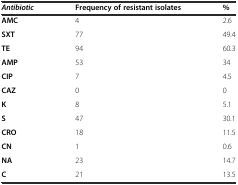
<table><thead><tr><td><b><i>Antibiotic</i></b></td><td><b>Frequency of resistant isolates</b></td><td><b>%</b></td></tr></thead><tbody><tr><td><b>AMC</b></td><td>4</td><td>2.6</td></tr><tr><td><b>SXT</b></td><td>77</td><td>49.4</td></tr><tr><td><b>TE</b></td><td>94</td><td>60.3</td></tr><tr><td><b>AMP</b></td><td>53</td><td>34</td></tr><tr><td><b>CIP</b></td><td>7</td><td>4.5</td></tr><tr><td><b>CAZ</b></td><td>0</td><td>0</td></tr><tr><td><b>K</b></td><td>8</td><td>5.1</td></tr><tr><td><b>S</b></td><td>47</td><td>30.1</td></tr><tr><td><b>CRO</b></td><td>18</td><td>11.5</td></tr><tr><td><b>CN</b></td><td>1</td><td>0.6</td></tr><tr><td><b>NA</b></td><td>23</td><td>14.7</td></tr><tr><td><b>C</b></td><td>21</td><td>13.5</td></tr></tbody></table>